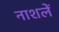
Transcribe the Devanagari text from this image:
नाशलें